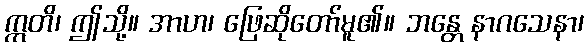
ဣတိ၊ ဤသို့။ အာဟ၊ ဖြေဆိုတော်မူ၏။ ဘန္တေ နာဂသေနာ၊